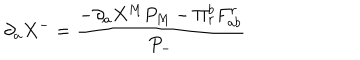
\partial _ { a } X ^ { - } = \frac { - \partial _ { a } X ^ { M } P _ { M } - \Pi _ { r } ^ { b } F _ { a b } ^ { r } } { P _ { - } }